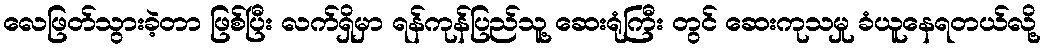
လေဖြတ်သွားခဲ့တာ ဖြစ်ပြီး လက်ရှိမှာ ရန်ကုန်ပြည်သူ့ ဆေးရုံကြီး တွင် ဆေးကုသမှု ခံယူနေရတယ်လို့